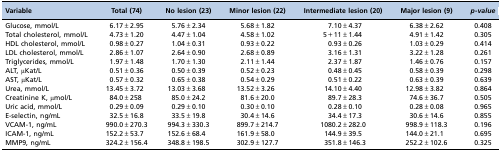
<table><thead><tr><td><b>Variable</b></td><td><b>Total (74)</b></td><td><b>No lesion (23)</b></td><td><b>Minor lesion (22)</b></td><td><b>Intermediate lesion (20)</b></td><td><b>Major lesion (9)</b></td><td><b><i>p-value</i></b></td></tr></thead><tbody><tr><td>Glucose, mmol/L</td><td>6.17±2.95</td><td>5.76±2.34</td><td>5.68±1.82</td><td>7.10±4.37</td><td>6.38±2.62</td><td>0.408</td></tr><tr><td>Total cholesterol, mmol/L</td><td>4.73±1.20</td><td>4.47±1.04</td><td>4.58±1.02</td><td>5+11±1.44</td><td>4.91±1.42</td><td>0.305</td></tr><tr><td>HDL cholesterol, mmol/L</td><td>0.98±0.27</td><td>1.04±0.31</td><td>0.93±0.22</td><td>0.93±0.26</td><td>1.03±0.29</td><td>0.414</td></tr><tr><td>LDL cholesterol, mmol/L</td><td>2.86±1.07</td><td>2.64±0.90</td><td>2.68±0.89</td><td>3.16±1.31</td><td>3.22±1.28</td><td>0.261</td></tr><tr><td>Triglycerides, mmol/L</td><td>1.97±1.48</td><td>1.70±1.30</td><td>2.11±1.44</td><td>2.37±1.87</td><td>1.46±0.76</td><td>0.157</td></tr><tr><td>ALT, μKat/L</td><td>0.51±0.36</td><td>0.50±0.39</td><td>0.52±0.23</td><td>0.48±0.45</td><td>0.58±0.39</td><td>0.298</td></tr><tr><td>AST, μKat/L</td><td>0.57±0.32</td><td>0.65±0.38</td><td>0.54±0.29</td><td>0.51±0.22</td><td>0.63±0.39</td><td>0.639</td></tr><tr><td>Urea, mmol/L</td><td>13.45±3.72</td><td>13.03±3.68</td><td>13.52±3.26</td><td>14.10±4.40</td><td>12.98±3.82</td><td>0.864</td></tr><tr><td>Creatinine K, μmol/L</td><td>84.0±258</td><td>85.0±24.2</td><td>81.6±20.0</td><td>89.7±28.3</td><td>74.6±36.7</td><td>0.505</td></tr><tr><td>Uric acid, mmol/L</td><td>0.29±0.09</td><td>0.29±0.10</td><td>0.30±0.10</td><td>0.28±0.10</td><td>0.28±0.08</td><td>0.965</td></tr><tr><td>E-selectin, ng/mL</td><td>32.5±16.8</td><td>33.5±19.8</td><td>30.4±14.6</td><td>34.4±17.3</td><td>30.6±14.6</td><td>0.855</td></tr><tr><td>VCAM-1, ng/mL</td><td>990.0±270.3</td><td>994.3±330.3</td><td>899.7±214.7</td><td>1080.2±282.0</td><td>998.9±118.3</td><td>0.196</td></tr><tr><td>ICAM-1, ng/mL</td><td>152.2±53.7</td><td>152.6±68.4</td><td>161.9±58.0</td><td>144.9±39.5</td><td>144.0±21.1</td><td>0.695</td></tr><tr><td>MMP9, ng/mL</td><td>324.2±156.4</td><td>348.8±198.5</td><td>302.9±127.7</td><td>351.8±146.3</td><td>252.2±102.6</td><td>0.325</td></tr></tbody></table>